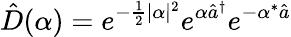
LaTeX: \hat{D}(\alpha)=e^{-\frac{1}{2}|\alpha|^{2}}e^{\alpha\hat{a}^{\dagger}}e^{-\alpha^{*}\hat{a}}